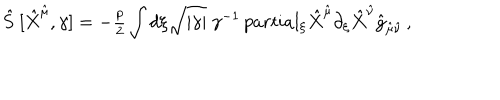
LaTeX: \hat { S } \ [ \hat { X } ^ { \hat { \mu } } , \gamma ] = - { \textstyle \frac { p } { 2 } } \int d \xi \sqrt { | \gamma | } \ \gamma ^ { - 1 } \, p a r t i a l _ { \xi } \hat { X } ^ { \hat { \mu } } \partial _ { \xi } \hat { X } ^ { \hat { \nu } } \hat { g } _ { \hat { \mu } \hat { \nu } } \, ,